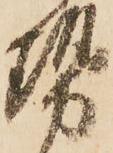
勢